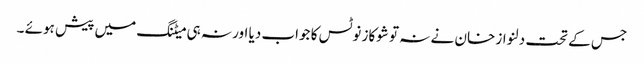
جس کے تحت دلنواز خان نے نہ تو شوکاز نوٹس کا جواب دیا اور نہ ہی میٹنگ میں پیش ہوئے ۔